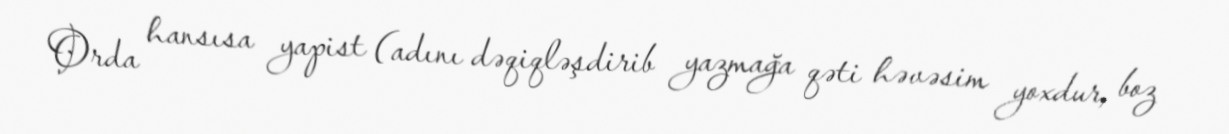
Orda hansısa yapist (adını dəqiqləşdirib yazmağa qəti həvəsim yoxdur, boz